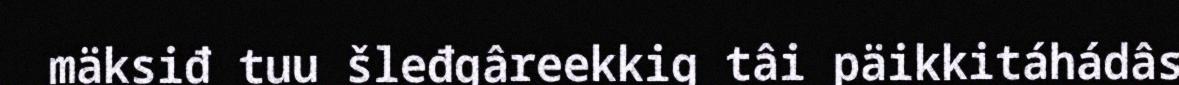
mäksiđ tuu šleđgâreekkig tâi päikkitáhádâs